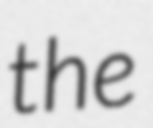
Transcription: the